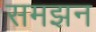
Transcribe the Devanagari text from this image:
समझन